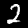
Digit: 2